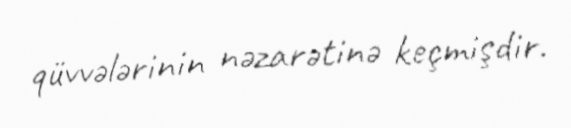
qüvvələrinin nəzarətinə keçmişdir.